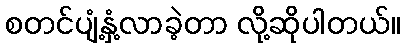
စတင်ပျံ့နှံ့လာခဲ့တာ လို့ဆိုပါတယ်။